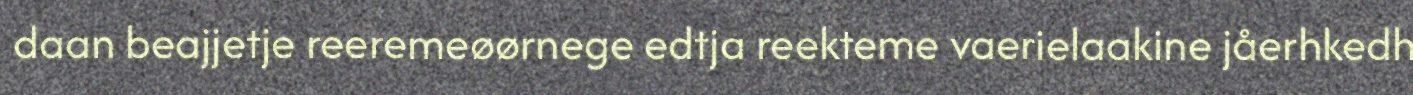
daan beajjetje reeremeøørnege edtja reekteme vaerielaakine jåerhkedh